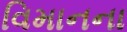
વિમાનના